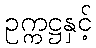
ဥက္ကဋ္ဌနှင့်